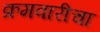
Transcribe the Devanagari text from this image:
क्रमवारीचा